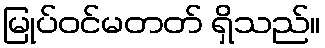
မြုပ်ဝင်မတတ် ရှိသည်။